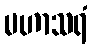
မဟာသရံ